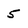
Character: 5